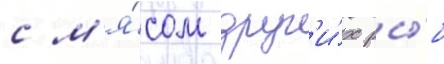
с м'я́сом друг'и́х ры́б